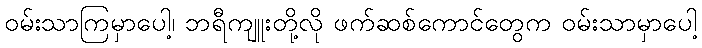
ဝမ်းသာကြမှာပေါ့၊ ဘရီကျူးတို့လို ဖက်ဆစ်ကောင်တွေက ဝမ်းသာမှာပေါ့